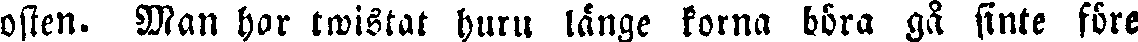
osten. Man har twistat huru länge korna böra gå sinte före